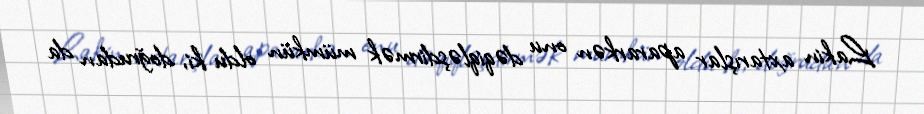
Lakin axtarışlar apararkən onu dəqiqləşdirmək mümkün oldu ki, doğrudan da